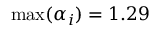
\operatorname* { m a x } ( \alpha _ { i } ) = 1 . 2 9